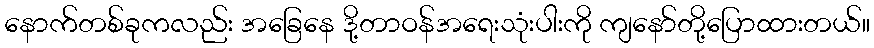
နောက်တစ်ခုကလည်း အခြေနေ ဒို့တာဝန်အရေးသုံးပါးကို ကျနော်တို့ပြောထားတယ်။